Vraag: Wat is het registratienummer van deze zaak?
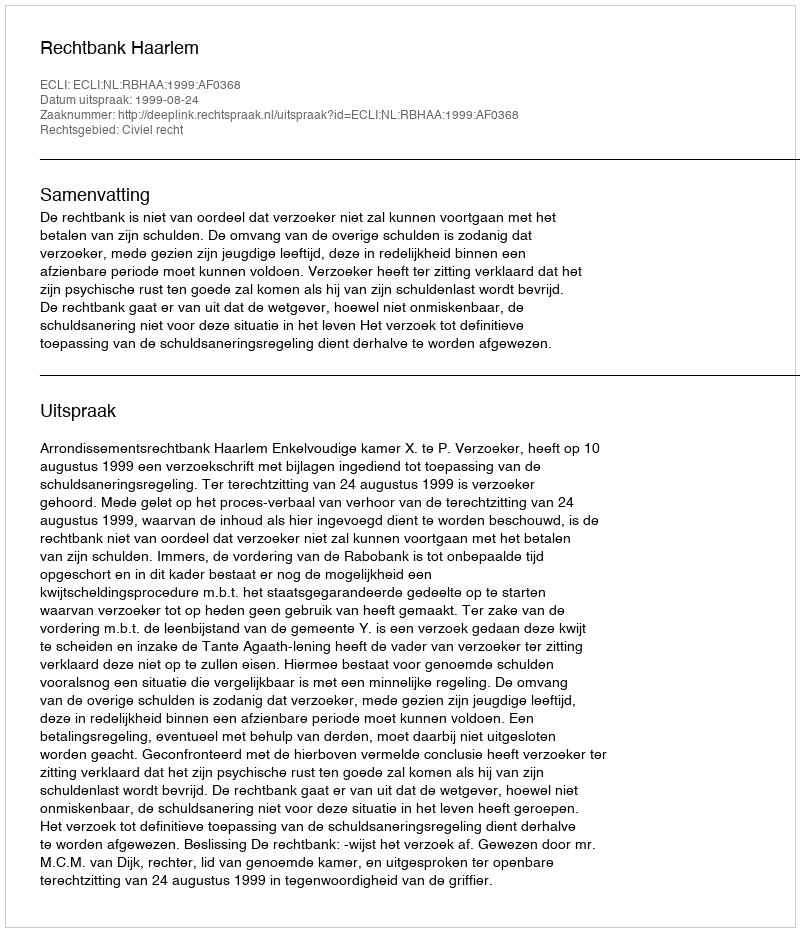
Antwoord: http://deeplink.rechtspraak.nl/uitspraak?id=ECLI:NL:RBHAA:1999:AF0368